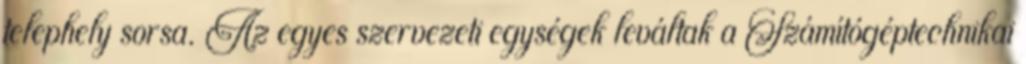
telephely sorsa. Az egyes szervezeti egységek leváltak a Számítógéptechnikai